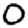
Digit: 0